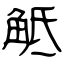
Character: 觝